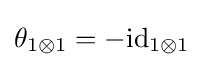
\theta _{1\otimes 1}=-\mathrm {id} _{1\otimes 1}